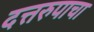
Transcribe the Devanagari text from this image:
दत्तरुपाचा